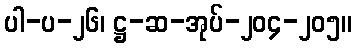
ပါ-ပ-၂၆၊ ဋ္ဌ-ဆ-အုပ်-၂၀၄-၂၀၅။